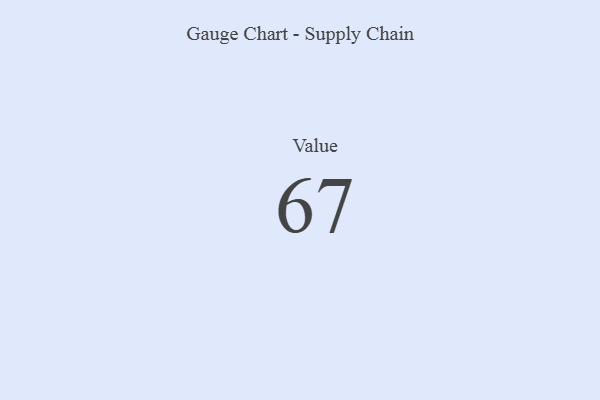
{"axis": {"x": "Metric", "y": "Value"}, "legend": [""], "data": [{"x": "Value", "y": 67, "type": ""}]}